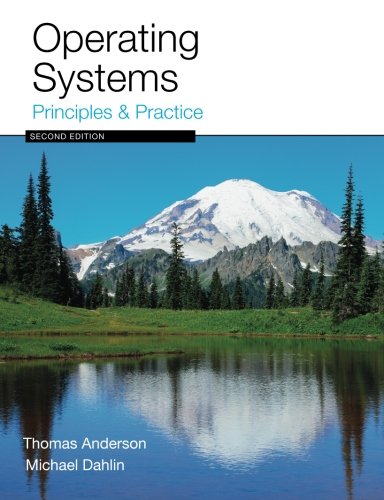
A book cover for Operating Systems: Principles and Practice; Thomas Anderson; Computers & Technology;